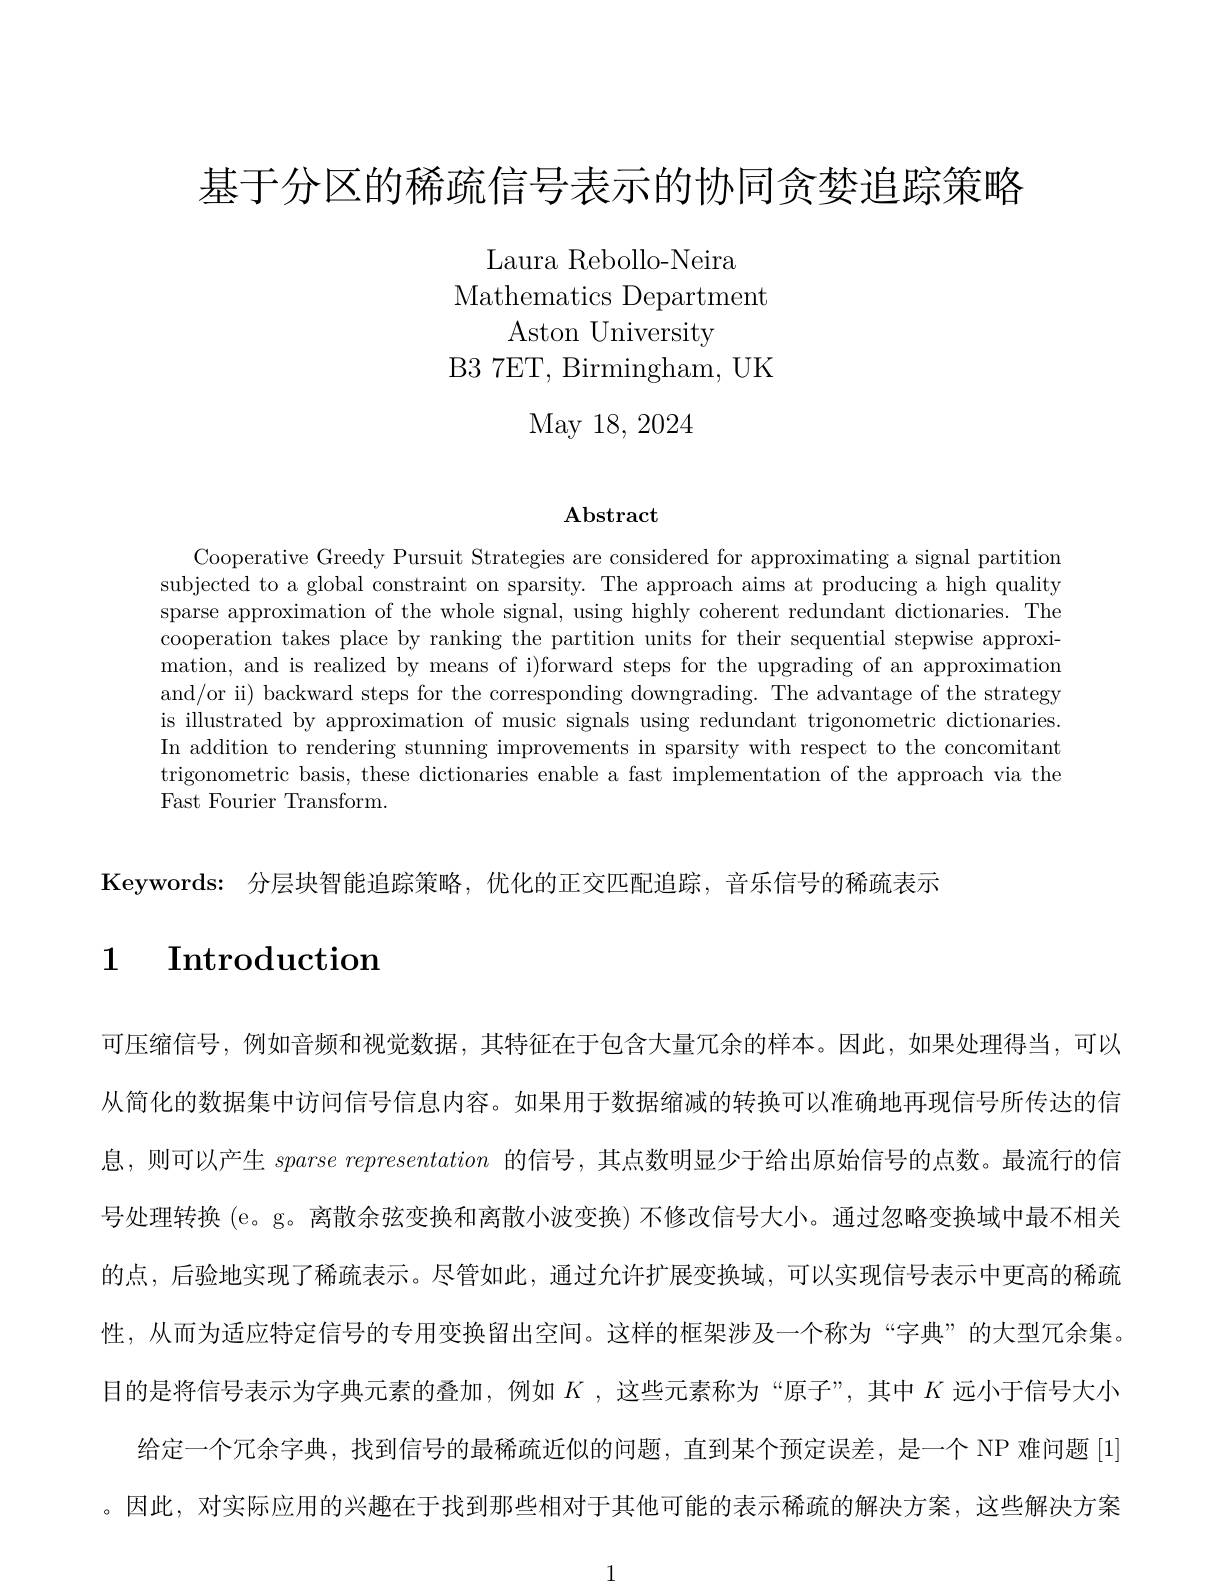
基于分区的稀疏信号表示的协同贪婪追踪策略

Laura Rebollo-Neira
Mathematics Department
Aston University
B3 7ET, Birmingham, UK
May 18, 2024

## $\mathbf{Abstract}$

Cooperative Greedy Pursuit Strategies are considered for approximating a signal partition subjected to a global constraint on sparsity. The approach aims at producing a high quality sparse approximation of the whole signal, using highly coherent redundant dictionaries. The cooperation takes place by ranking the partition units for their sequential stepwise approximation, and is realized by means of i)forward steps for the upgrading of an approximation and/or ii) backward steps for the corresponding downgrading. The advantage of the strategy is illustrated by approximation of music signals using redundant trigonometric dictionaries. In addition to rendering stunning improvements in sparsity with respect to the concomitantionte In addition to rendering stunning improvements in sparsity with respect to the concomitant trigonometric basis, these dictionaries enable a fast implementation of the approach via the Fast Fourier Transform.

$\textbf{Keywords: 分 层 块 智 能 追 踪 策 略 , 优 化 的 正 交 匹 配 追 踪 , 音 乐 信 号 的 稀 疏 表 示 }$

# $\begin{array}{cc}1&\text{Introduction}\\\end{array}$

可压缩信号，例如音频和视觉数据，其特征在于包含大量冗余的样本。因此，如果处理得当，可以从简化的数据集中访问信号信息内容。如果用于数据缩减的转换可以准确地再现信号所传达的信息，则可以产生$sparse\textit{ representation 的 信 号 , 其 点 数 明 显 少 于 给 出 原 始 信 号 的 点 数 。最 流 行 的 信 }$ 号处理转换 (e。g。离散余弦变换和离散小波变换) 不修改信号大小。通过忽略变换域中最不相关的点，后验地实现了稀疏表示。尽管如此，通过允许扩展变换域，可以实现信号表示中更高的稀疏性，从而为适应特定信号的专用变换留出空间。这样的框架涉及一个称为“字典”的大型冗余集。目的是将信号表示为字典元素的叠加，例如$K$ ,这些元素称为“原子”,其中$K$远小于信号大小
给定一个冗余字典，找到信号的最稀疏近似的问题，直到某个预定误差，是一个 NP 难问题 [1] 。因此，对实际应用的兴趣在于找到那些相对于其他可能的表示稀疏的解决方案，这些解决方案

1